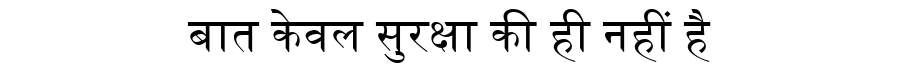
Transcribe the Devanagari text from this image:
बात केवल सुरक्षा की ही नहीं है